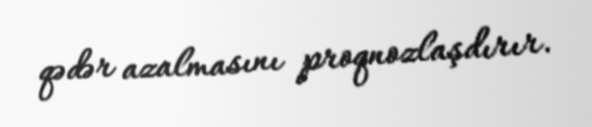
qədər azalmasını proqnozlaşdırır.